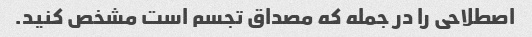
اصطلاحی را در جمله که مصداق تجسم است مشخص کنید.